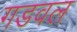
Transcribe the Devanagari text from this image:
गडवल